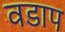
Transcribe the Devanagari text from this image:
वडाप